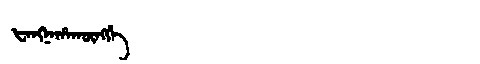
Manchu: ᡶᠠᠩᠨᠠᡥᠠᡴᡡᠩᡤᡝ
Romanization: FANGNAHAKŪNGGE